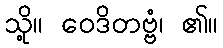
သို့။ ဝေဒိတဗ္ဗံ၊ ၏။